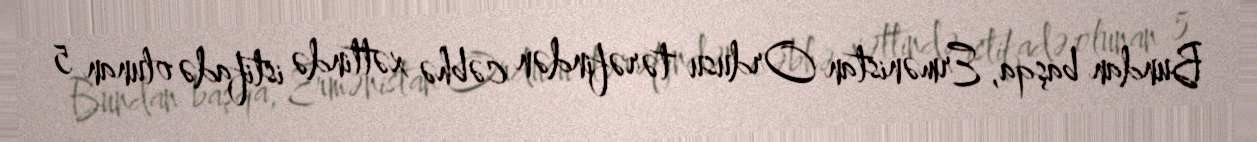
Bundan başqa, Ermənistan Ordusu tərəfindən cəbhə xəttində istifadə olunan 5